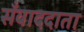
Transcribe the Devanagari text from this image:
सँवाददाता